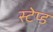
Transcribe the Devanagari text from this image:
स्टेप्ड